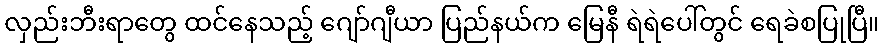
လှည်းဘီးရာတွေ ထင်နေသည့် ဂျော်ဂျီယာ ပြည်နယ်က မြေနီ ရဲရဲပေါ်တွင် ရေခဲစပြုပြီ။